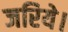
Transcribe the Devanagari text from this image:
जरिये।